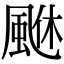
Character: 𩗆